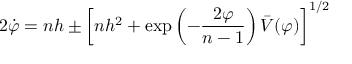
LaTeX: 2 \dot { \varphi } = n h \pm \left[ n h ^ { 2 } + \exp \left( - \frac { 2 \varphi } { n - 1 } \right) \bar { V } ( \varphi ) \right] ^ { 1 / 2 }